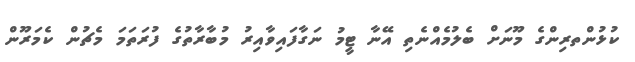
ކުޅުންތރިންގެ މޫނަށް ބެލުމެއްނެތި އޭނާ ޓީމު ނަގާފައިވާއިރު މުބާރާތުގެ ފުރަތަމަ މެޗުން ކެމަރޫން